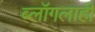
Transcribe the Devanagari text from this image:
ब्लॉगलाही